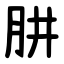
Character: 肼